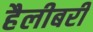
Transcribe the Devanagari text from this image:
हैलीबरी